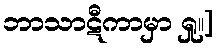
ဘာသာဋီကာမှာ ရှု။]